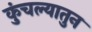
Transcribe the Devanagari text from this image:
कुंचल्यातुन